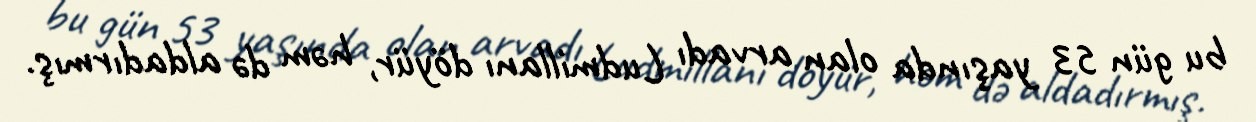
bu gün 53 yaşında olan arvadı Ludmillanı döyür, həm də aldadırmış.